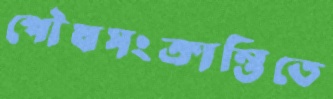
পৌষসংক্রান্তিতে